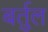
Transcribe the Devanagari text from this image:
बर्तुल